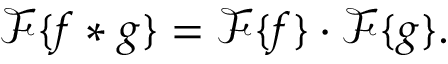
{ \mathcal { F } } \{ f * g \} = { \mathcal { F } } \{ f \} \cdot { \mathcal { F } } \{ g \} .